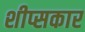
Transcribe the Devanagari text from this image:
शीप्सकार